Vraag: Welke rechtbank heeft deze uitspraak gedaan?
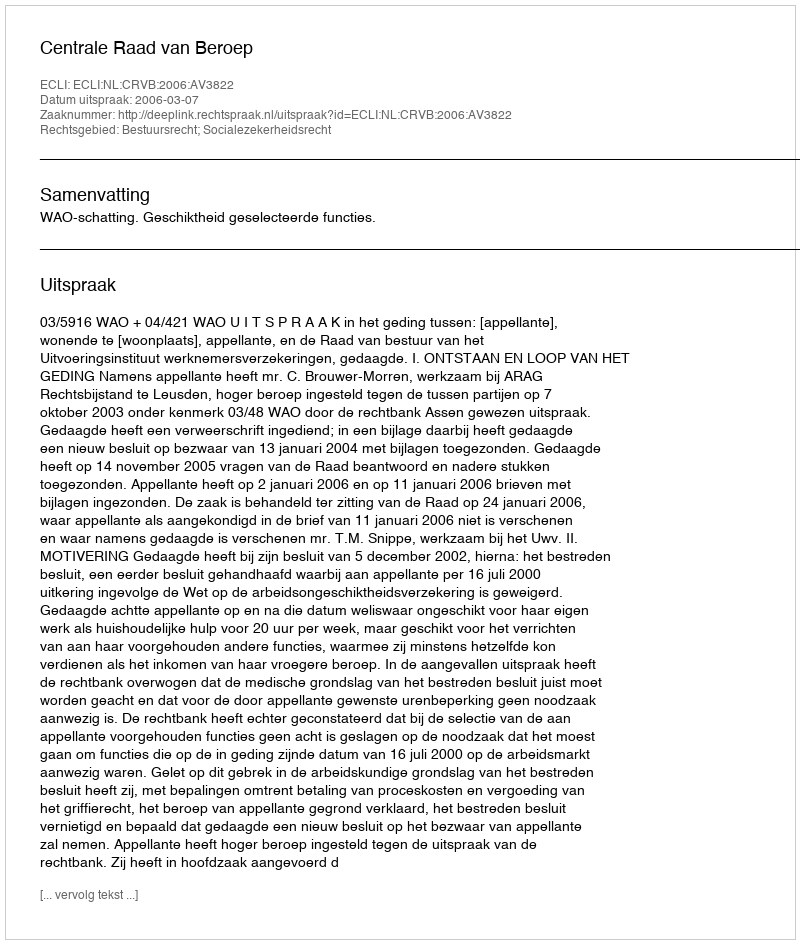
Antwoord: Centrale Raad van Beroep